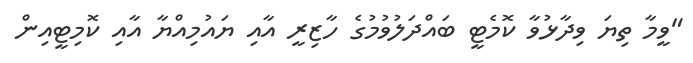
"ވީމާ ތިޔަ ވިދާޅުވާ ކޮމެޓީ ބައްދަލުވުމުގެ ހާޒިރީ އާއި ޔައުމިއްޔާ އާއި ކޮމިޓީއިން